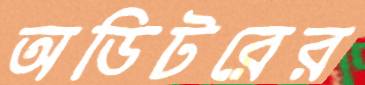
অডিটরের